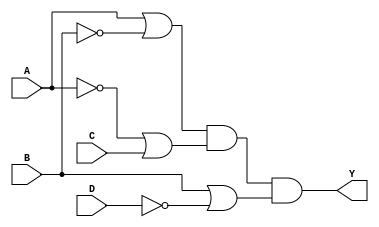
module pos_logic (
    input wire A,
    input wire B,
    input wire C,
    input wire D,
    output wire Y
);

// Product of Sums expression
// Example: Y = (A + B')(A' + C)(B + D') 
// This is a placeholder. Adjust the terms based on your specific boolean function.
wire term1, term2, term3;

// Create the sum terms using OR gates
assign term1 = A | ~B;   // A + B'
assign term2 = ~A | C;   // A' + C
assign term3 = B | ~D;   // B + D'

// Combine the sum terms using AND gate
assign Y = term1 & term2 & term3;  // Y = (A + B')(A' + C)(B + D')

endmodule